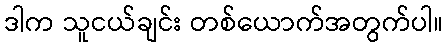
ဒါက သူငယ်ချင်း တစ်ယောက်အတွက်ပါ။